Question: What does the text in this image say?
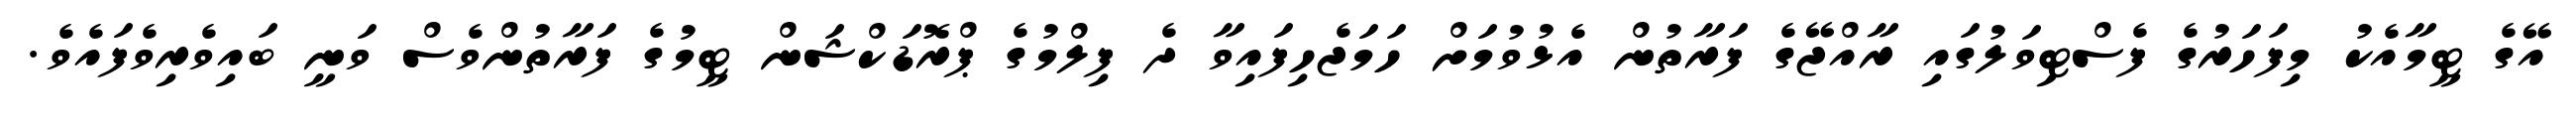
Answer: އޭގެ ޓީމާއެކު މިފަހަރުގެ ފެސްޓިވަލުގައި ރާއްޖޭގެ ފަރާތުން އެޅުވުމަށް ހަމަޖެހިފައިވާ ދެ ފިލްމުގެ ޕްރޮޑަކްޝަން ޓީމުގެ ފަރާތުންވެސް ވަނީ ބައިވެރިވެފައެވެ.